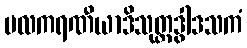
ဗလကရဏီယာဒိသုတ္တဒွါဒသကံ